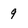
Character: 9